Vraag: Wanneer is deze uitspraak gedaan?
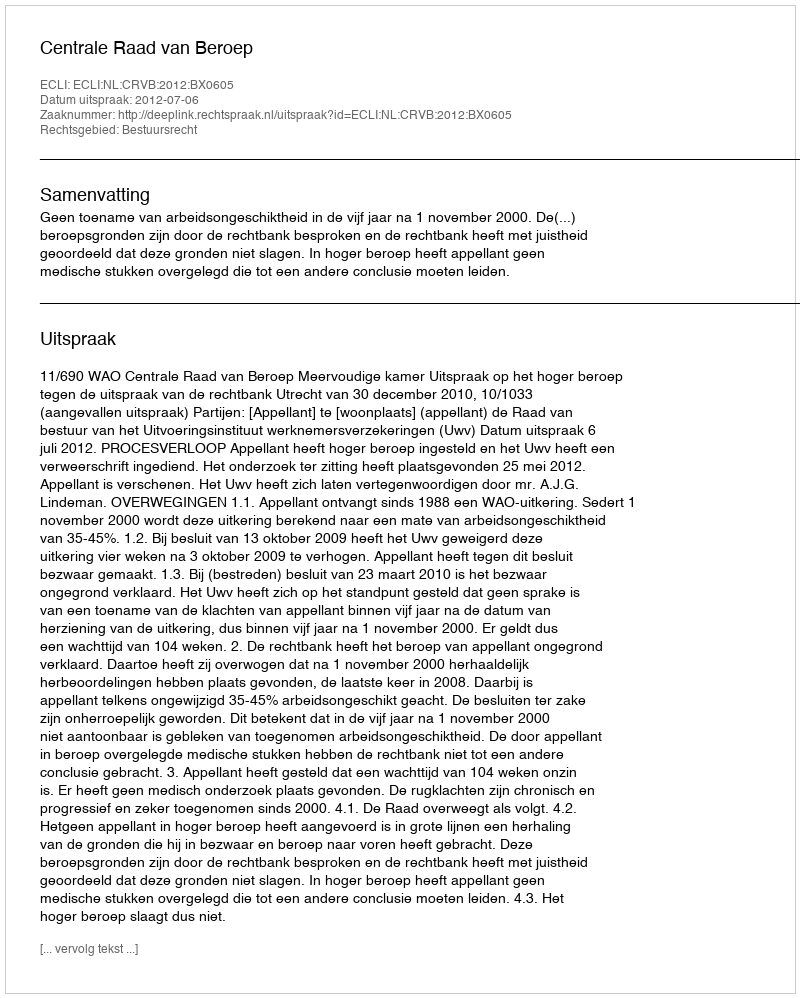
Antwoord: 2012-07-06